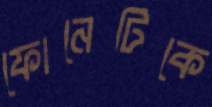
ফোনেটিকে